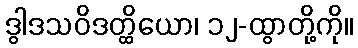
ဒွါဒသဝိဒတ္ထိယော၊ ၁၂-ထွာတို့ကို။